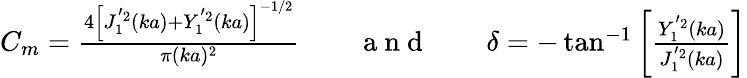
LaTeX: \begin{array}{r}{C_{m}=\frac{4\left[J_{1}^{'2}(ka)+Y_{1}^{'2}(ka)\right]^{-1/2}}{\pi(ka)^{2}}\qquad\mathrm{~a~n~d~}\qquad\delta=-\tan^{-1}\left[\frac{Y_{1}^{'2}(ka)}{J_{1}^{'2}(ka)}\right]}\end{array}